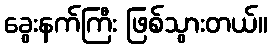
ခွေးနက်ကြီး ဖြစ်သွားတယ်။